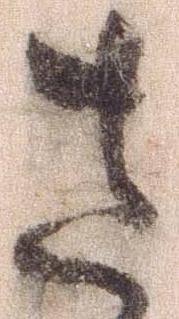
さ